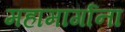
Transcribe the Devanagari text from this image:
महामार्गाना